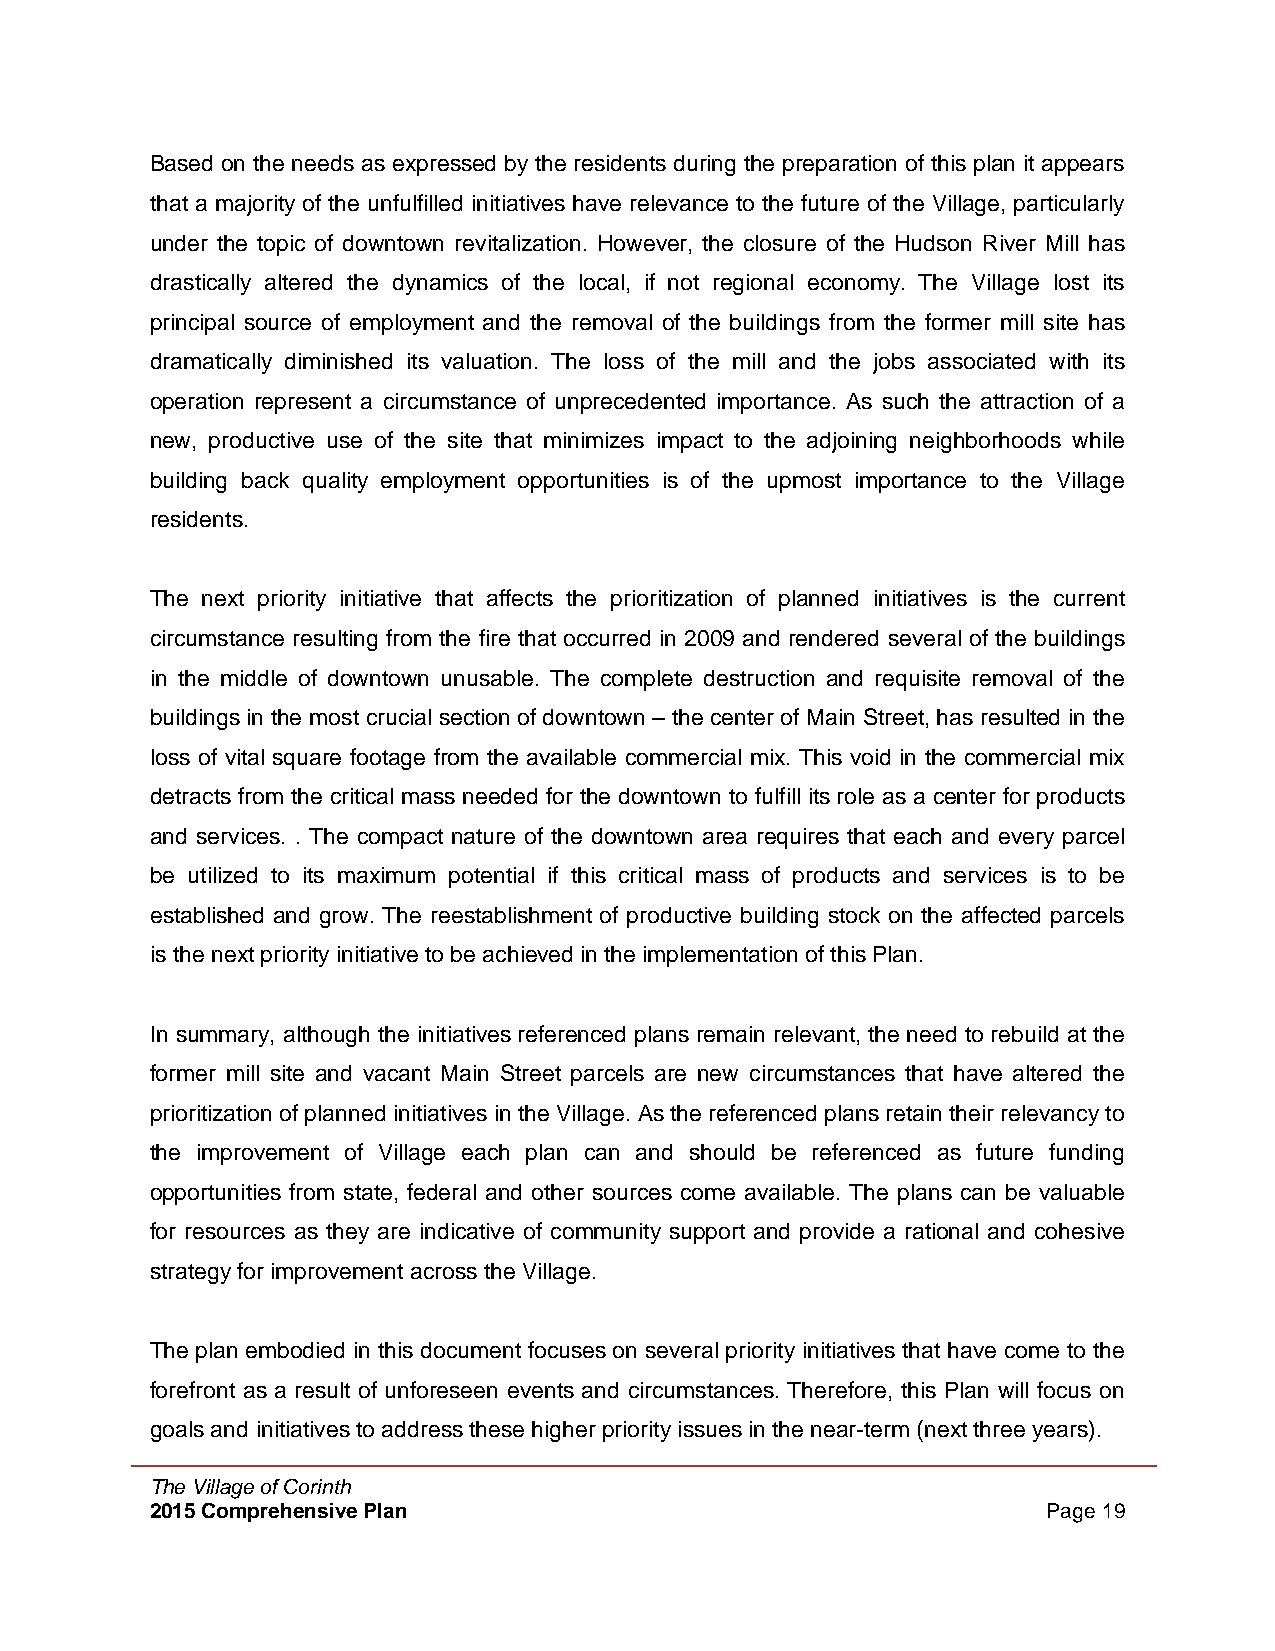
Based on the needs as expressed by the residents during the preparation of this plan it appears
 that a majority of the unfulfilled initiatives have relevance to the future of the Village, particularly
 under the topic of downtown revitalization. However, the closure of the Hudson River Mill has
 drastically altered the dynamics of the local, if not regional economy. The Village lost its
 principal source of employment and the removal of the buildings from the former mill site has
 dramatically diminished its valuation. The loss of the mill and the jobs associated with its
 operation represent a circumstance of unprecedented importance. As such the attraction of a
 new, productive use of the site that minimizes impact to the adjoining neighborhoods while
 building back quality employment opportunities is of the upmost importance to the Village
 residents.
 The next priority initiative that affects the prioritization of planned initiatives is the current
 circumstance resulting from the fire that occurred in 2009 and rendered several of the buildings
 in the middle of downtown unusable. The complete destruction and requisite removal of the
 buildings in the most crucial section of downtown – the center of Main Street, has resulted in the
 loss of vital square footage from the available commercial mix. This void in the commercial mix
 detracts from the critical mass needed for the downtown to fulfill its role as a center for products
 and services. . The compact nature of the downtown area requires that each and every parcel
 be utilized to its maximum potential if this critical mass of products and services is to be
 established and grow. The reestablishment of productive building stock on the affected parcels
 is the next priority initiative to be achieved in the implementation of this Plan.
 In summary, although the initiatives referenced plans remain relevant, the need to rebuild at the
 former mill site and vacant Main Street parcels are new circumstances that have altered the
 prioritization of planned initiatives in the Village. As the referenced plans retain their relevancy to
 the improvement of Village each plan can and should be referenced as future funding
 opportunities from state, federal and other sources come available. The plans can be valuable
 for resources as they are indicative of community support and provide a rational and cohesive
 strategy for improvement across the Village.
 The plan embodied in this document focuses on several priority initiatives that have come to the
 forefront as a result of unforeseen events and circumstances. Therefore, this Plan will focus on
 goals and initiatives to address these higher priority issues in the near-term (next three years).
 The Village of Corinth
 2015 Comprehensive Plan                                    Page 19